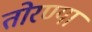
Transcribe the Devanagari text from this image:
तोरण्या